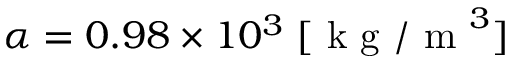
\alpha = 0 . 9 8 \times 1 0 ^ { 3 } \; [ \mathrm { ~ k ~ g ~ / ~ m ~ } ^ { 3 } ]